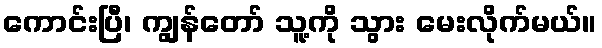
ကောင်းပြီ၊ ကျွန်တော် သူ့ကို သွား မေးလိုက်မယ်။